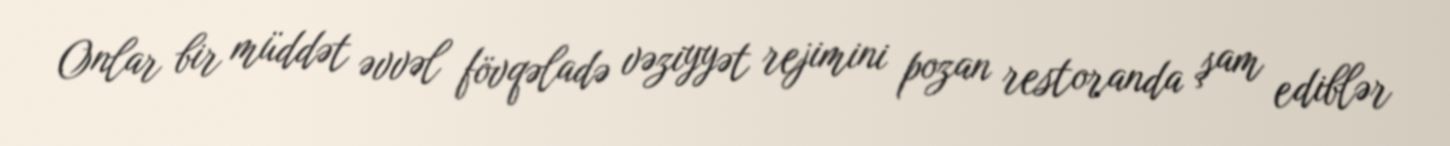
Onlar bir müddət əvvəl fövqəladə vəziyyət rejimini pozan restoranda şam ediblər